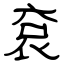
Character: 袞